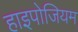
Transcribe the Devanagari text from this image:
हाइपोजियम